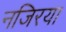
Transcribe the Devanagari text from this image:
नजिरया